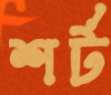
শর্ট